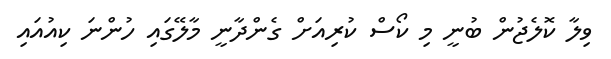
ވިލާ ކޮލެޖުން ބުނީ މި ކޯސް ކުރިއަށް ގެންދާނީ މާލޭގައި ހުންނަ ކިއުއައި